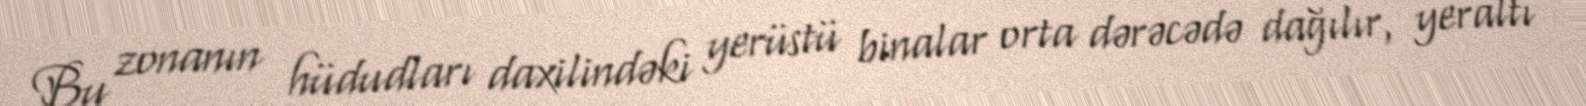
Bu zonanın hüdudları daxilindəki yerüstü binalar orta dərəcədə dağılır, yeraltı